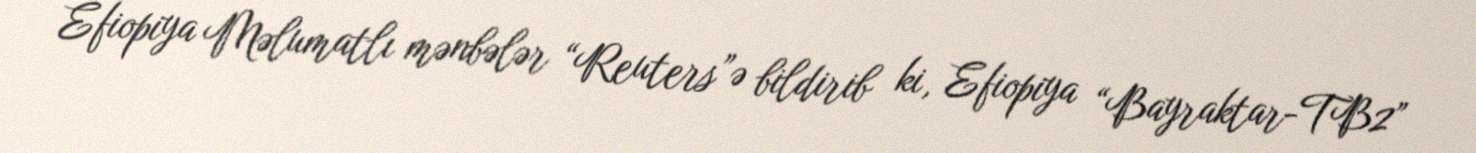
Efiopiya Məlumatlı mənbələr “Reuters”ə bildirib ki, Efiopiya “Bayraktar-TB2”